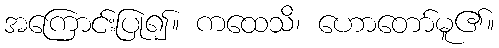
အကြောင်းပြု၍။ ကထေသိ၊ ဟောတော်မူ၏။